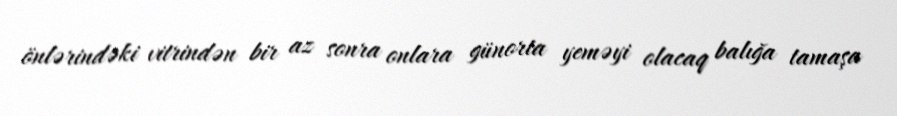
önlərindəki vitrindən bir az sonra onlara günorta yeməyi olacaq balığa tamaşa